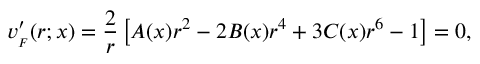
v _ { _ { F } } ^ { \prime } ( r ; x ) = { \frac { 2 } { r } } \left[ A ( x ) r ^ { 2 } - 2 B ( x ) r ^ { 4 } + 3 C ( x ) r ^ { 6 } - 1 \right] = 0 ,